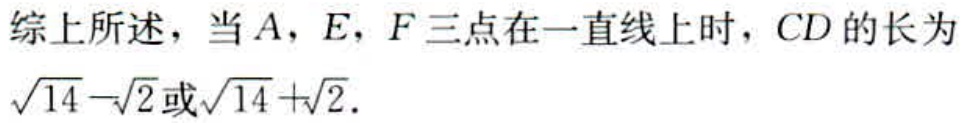
综上所述，当\(A\)，\(E\)，\(F\)三点在一直线上时，\(CD\)的长为\(\sqrt{14}-\sqrt{2}\)或\(\sqrt{14}+\sqrt{2}\)．